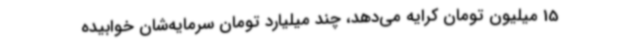
15 میلیون تومان کرایه می‌دهد، چند میلیارد تومان سرمایه‌شان خوابیده